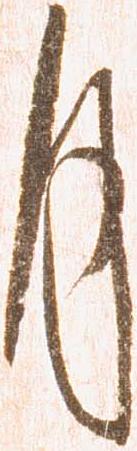
月